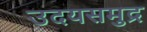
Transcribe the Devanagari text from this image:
उदयसमुद्र